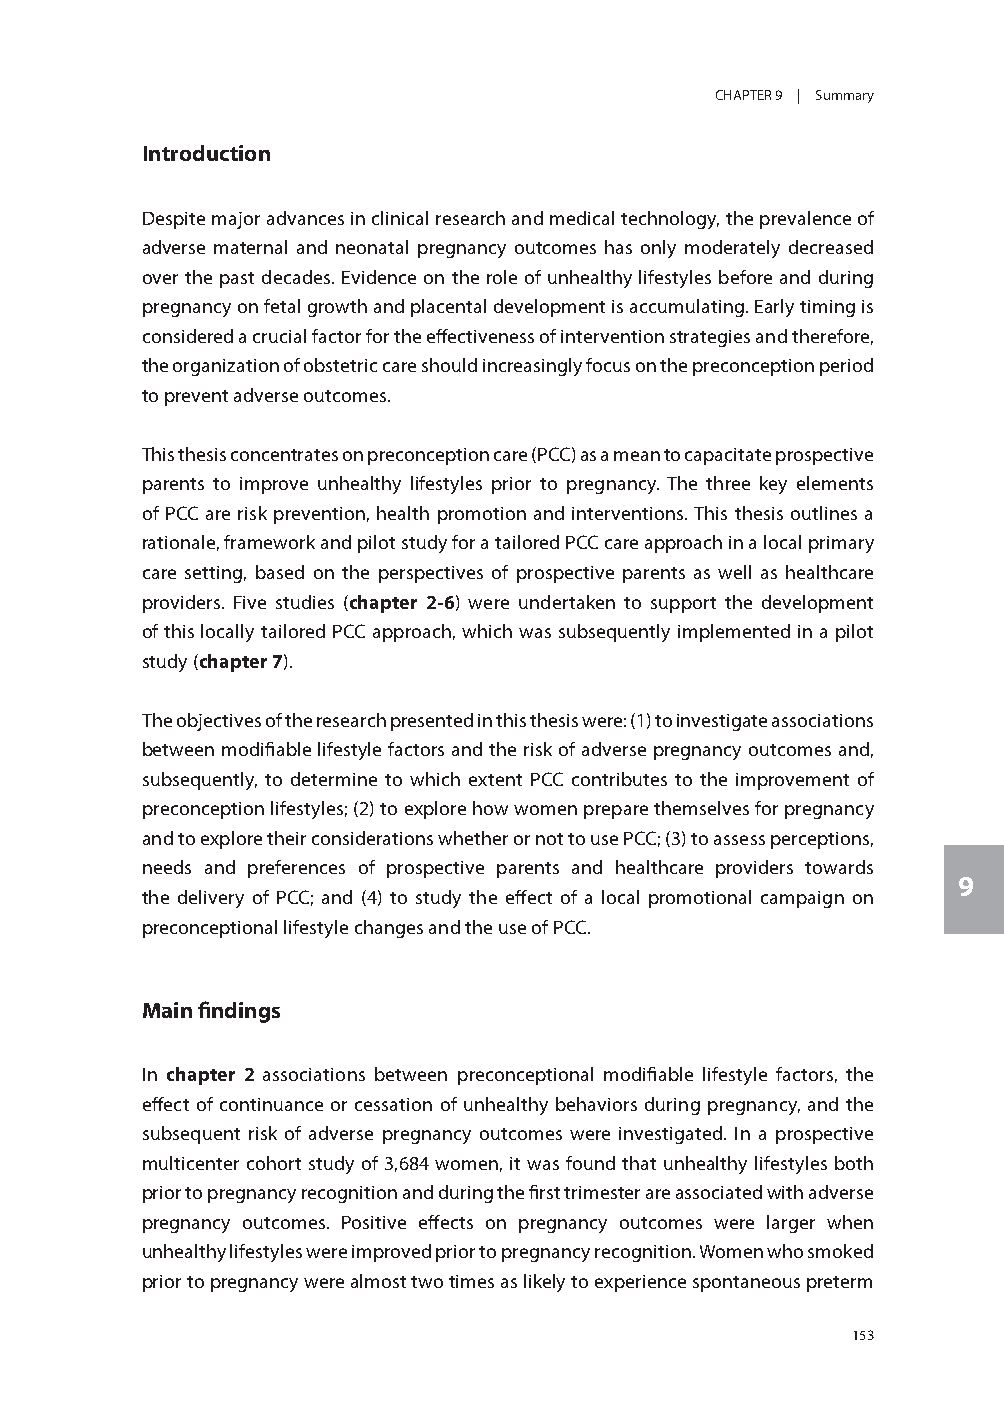
CHAPTER 9 | Summary
 Introduction
 Despite major advances in clinical research and medical technology, the prevalence of
 adverse maternal and neonatal pregnancy outcomes has only moderately decreased
 over the past decades. Evidence on the role of unhealthy lifestyles before and during
 pregnancy on fetal growth and placental development is accumulating. Early timing is
 considered a crucial factor for the effectiveness of intervention strategies and therefore,
 the organization of obstetric care should increasingly focus on the preconception period
 to prevent adverse outcomes.
 This thesis concentrates on preconception care (PCC) as a mean to capacitate prospective
 parents to improve unhealthy lifestyles prior to pregnancy. The three key elements
 of PCC are risk prevention, health promotion and interventions. This thesis outlines a
 rationale, framework and pilot study for a tailored PCC care approach in a local primary
 care setting, based on the perspectives of prospective parents as well as healthcare
 providers. Five studies (chapter 2-6) were undertaken to support the development
 of this locally tailored PCC approach, which was subsequently implemented in a pilot
 study (chapter 7).
 The objectives of the research presented in this thesis were: (1) to investigate associations
 between modifiable lifestyle factors and the risk of adverse pregnancy outcomes and,
 subsequently, to determine to which extent PCC contributes to the improvement of
 preconception lifestyles; (2) to explore how women prepare themselves for pregnancy
 and to explore their considerations whether or not to use PCC; (3) to assess perceptions,
 needs and preferences of prospective parents and healthcare providers towards
 9
 the delivery of PCC; and (4) to study the effect of a local promotional campaign on
 preconceptional lifestyle changes and the use of PCC.
 Main findings
 In chapter 2 associations between preconceptional modifiable lifestyle factors, the
 effect of continuance or cessation of unhealthy behaviors during pregnancy, and the
 subsequent risk of adverse pregnancy outcomes were investigated. In a prospective
 multicenter cohort study of 3,684 women, it was found that unhealthy lifestyles both
 prior to pregnancy recognition and during the first trimester are associated with adverse
 pregnancy outcomes. Positive effects on pregnancy outcomes were larger when
 unhealthy lifestyles were improved prior to pregnancy recognition. Women who smoked
 prior to pregnancy were almost two times as likely to experience spontaneous preterm
 153